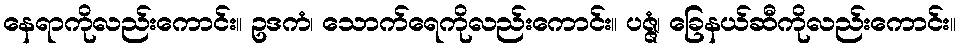
နေရာကိုလည်းကောင်း။ ဥဒကံ၊ သောက်ရေကိုလည်းကောင်း။ ပဇ္ဇံ၊ ခြေနယ်ဆီကိုလည်းကောင်း။